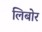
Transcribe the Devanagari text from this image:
लिबोर